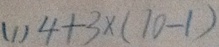
( 1 ) 4 + 3 \times ( 1 0 - 1 )